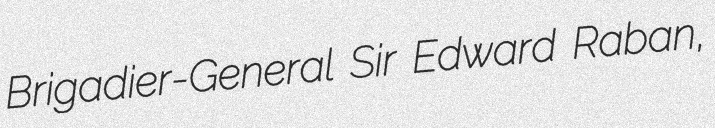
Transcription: Brigadier-General Sir Edward Raban,